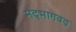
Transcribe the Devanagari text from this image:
मद्‌भागवद्‌